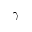
\gamma